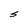
Character: S